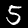
Label: 5